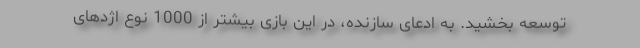
توسعه بخشید. به ادعای سازنده، در این بازی بیشتر از 1000 نوع اژدهای